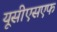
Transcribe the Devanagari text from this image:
यूसीएसएफ